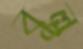
বুল